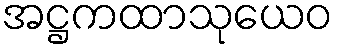
အဋ္ဌကထာသုယေဝ